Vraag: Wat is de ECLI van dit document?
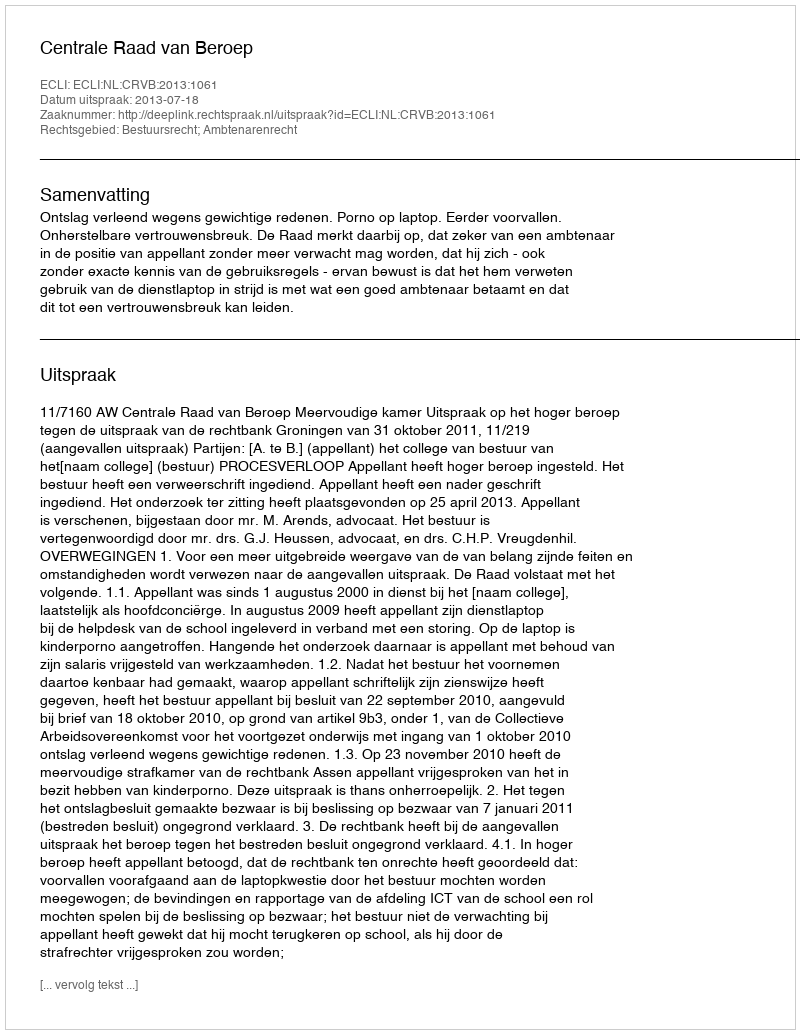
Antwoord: ECLI:NL:CRVB:2013:1061